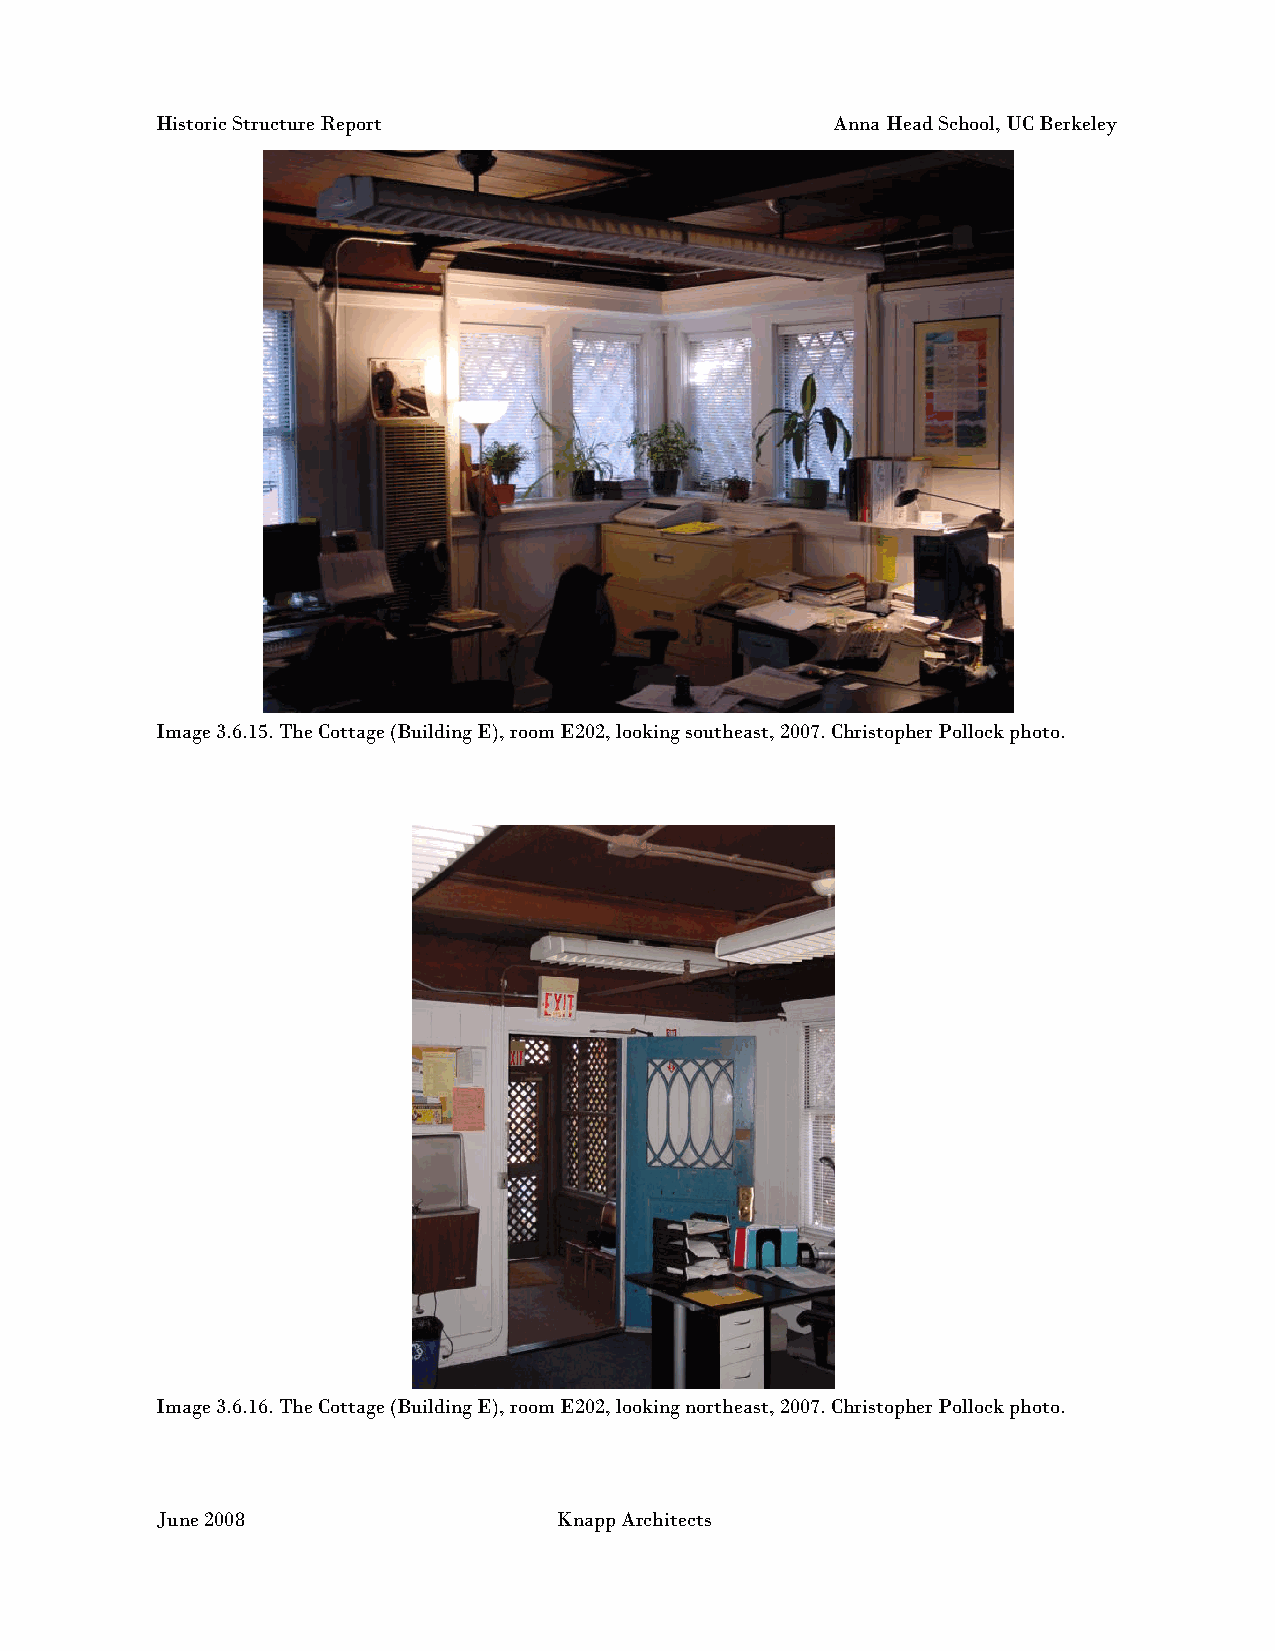
Historic Structure Report                    Anna Head School, UC Berkeley
 Image 3.6.15. The Cottage (Building E), room E202, looking southeast, 2007. Christopher Pollock photo.
 Image 3.6.16. The Cottage (Building E), room E202, looking northeast, 2007. Christopher Pollock photo.
 June 2008                  Knapp Architects